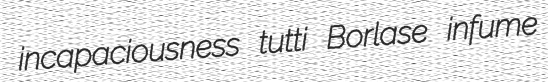
incapaciousness tutti Borlase infume